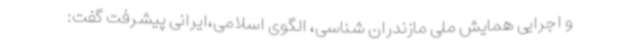
و اجرایی همایش ملی مازندران شناسی، الگوی اسلامی،ایرانی پیشرفت گفت: